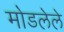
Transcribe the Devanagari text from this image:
मोडलेले